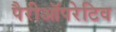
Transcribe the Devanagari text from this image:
पैरीऑपरेटिव